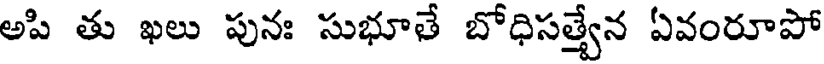
అపి తు ఖలు పునః సుభూతే బోధిసత్వేన ఏవంరూపో